Jaan_Tonisson_(Lasteleht), lk 82
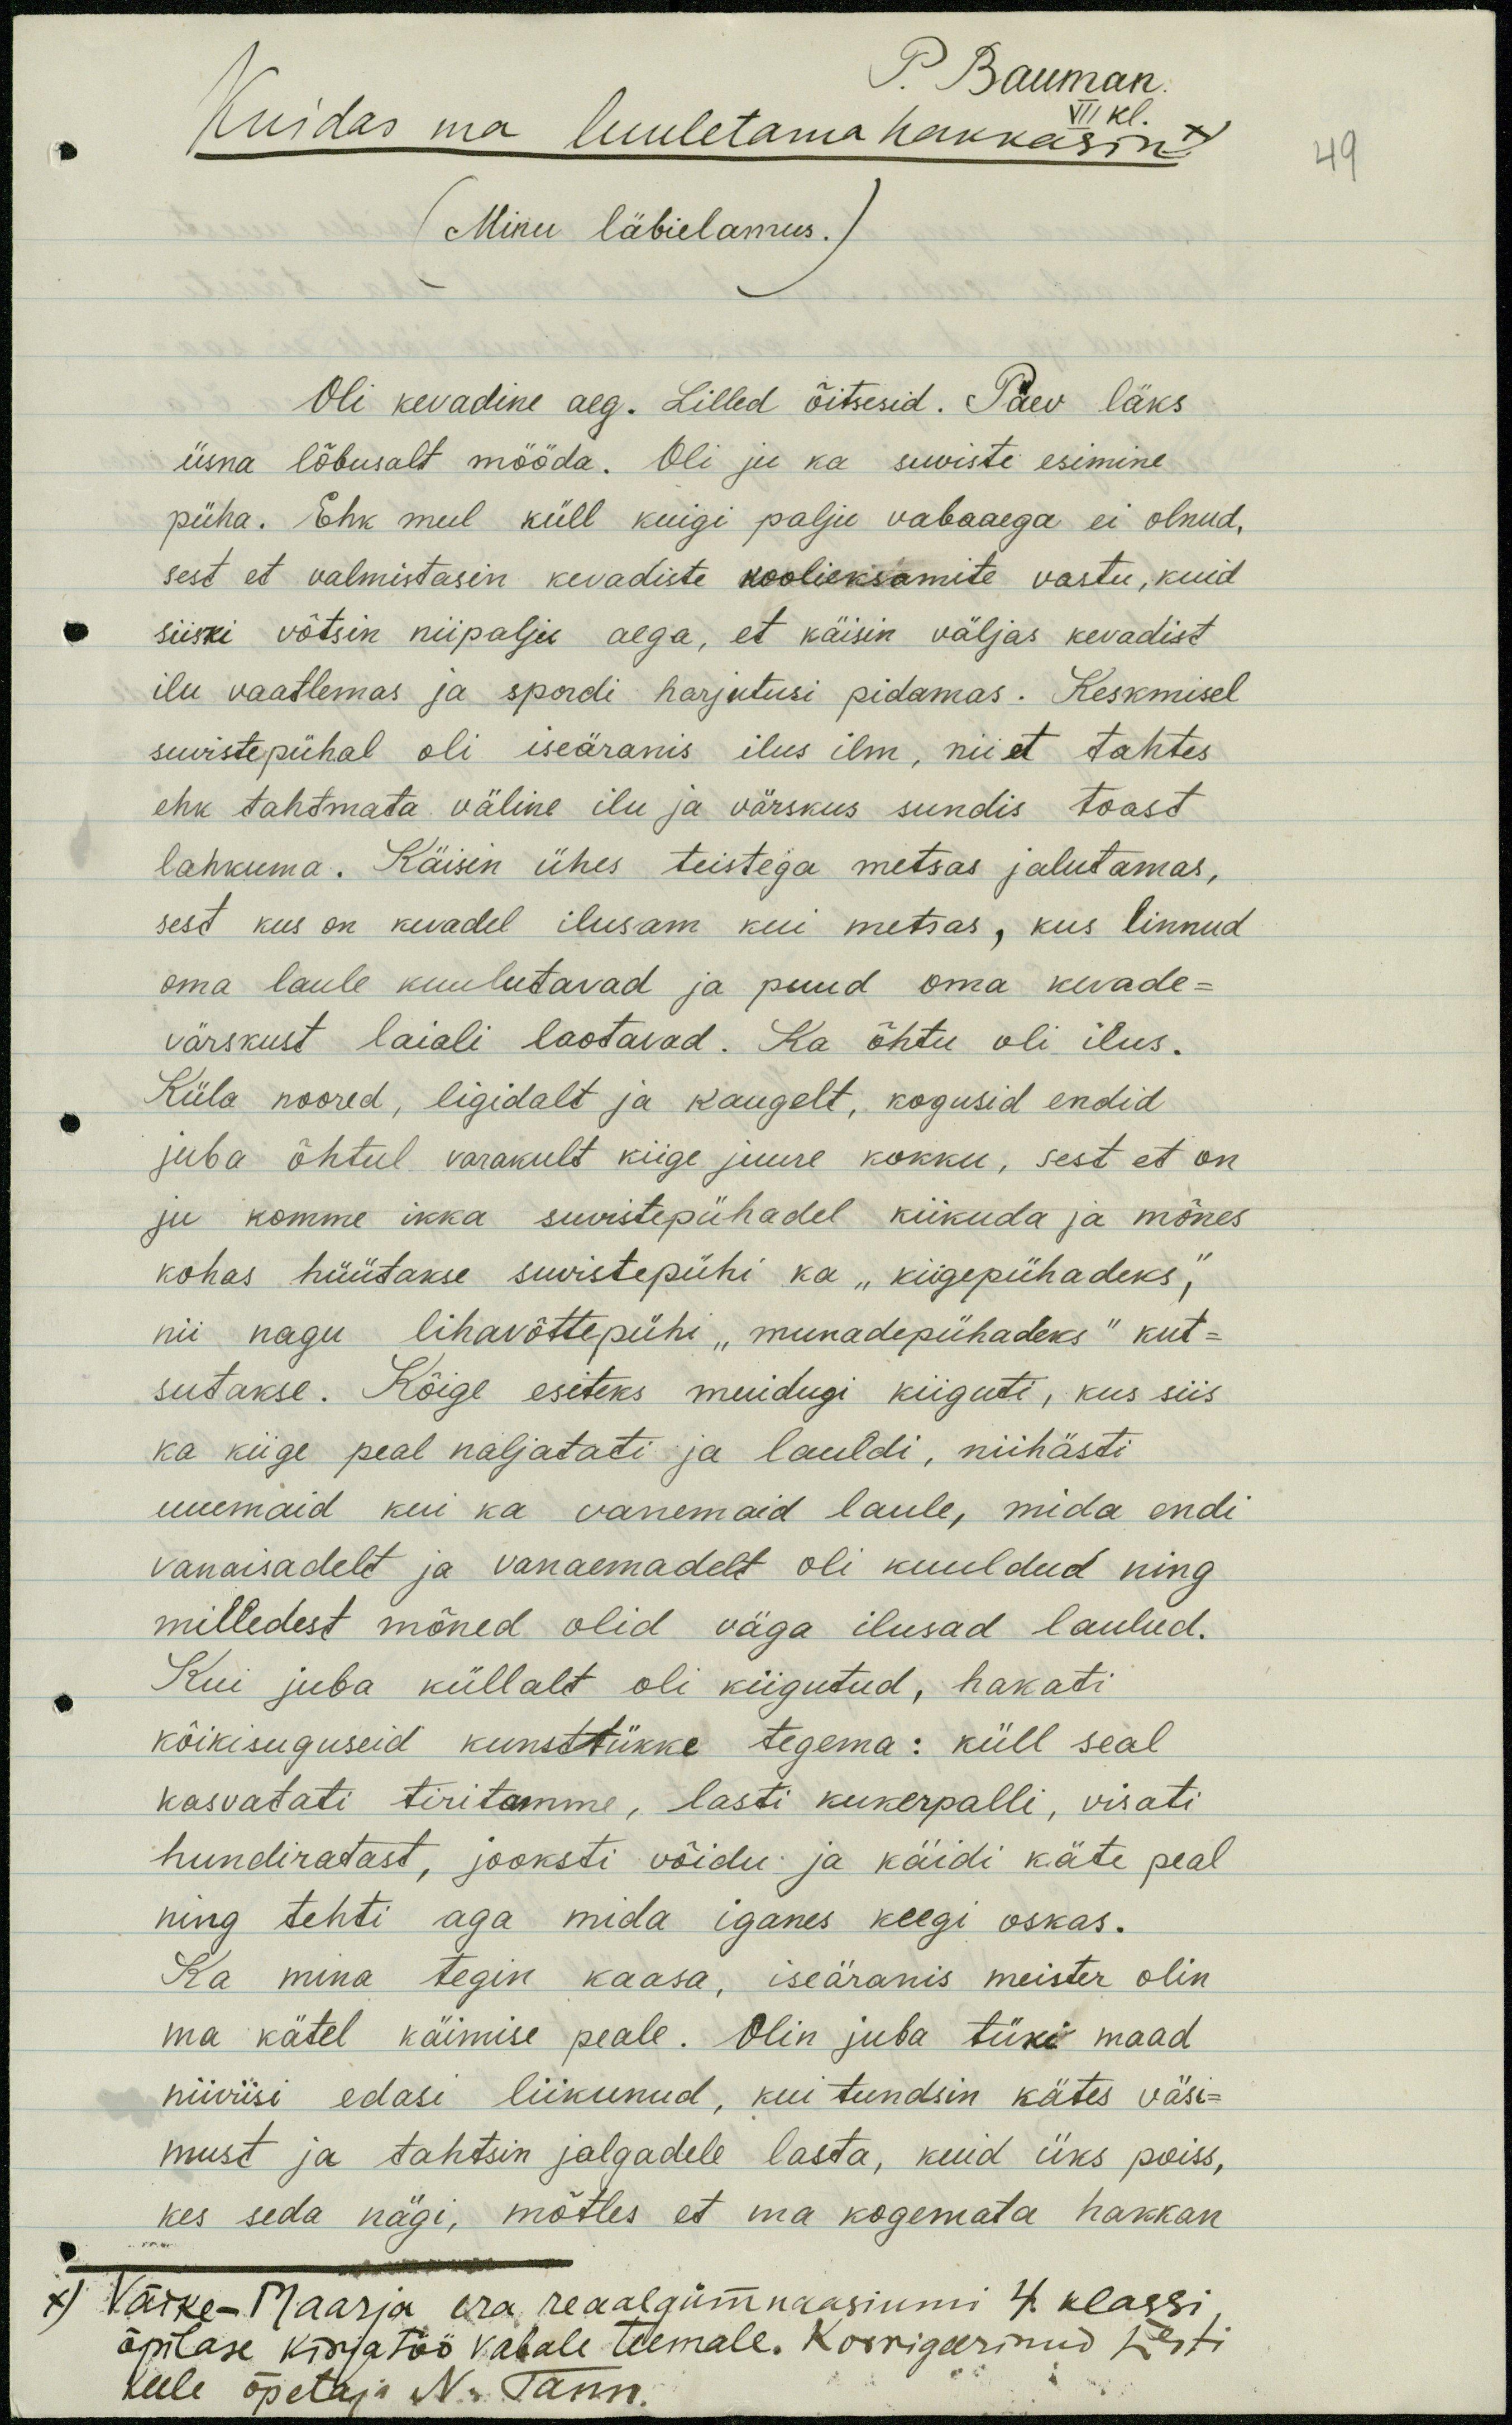
Kuidas ma luuletama hakkasin x
P. Bauman
VII kl
49
Minu läbielamus.
Oli kevadine aeg. Lilled õitsesid. Päev läks
üsna lõbusalt mööda. Oli ju ka suviste esimine
püha. Ehk mul küll kuigi palju vabaaega ei olnud,
sest et valmistasin kevadiste koolieksamite vastu, kuid
siiski võtsin niipalju aega, et käisin väljas kevadist
ilu vaatlemas ja spordi harjutusi pidamas. Keskmisel
suvistepühal oli iseäranis ilus ilm, nii et tahtes
ehk tahtmata väline ilu ja värskus sundis toast
lahkuma. Käisin ühes teistega metsas jalutamas,
sest kus on kevadel ilusam kui metsas, kus linnud
oma laule kuulutavad ja puud oma kevade-
värskust laiali laotavad. Ka õhtu oli ilus.
Küla noored, ligidalt ja kaugelt, kogusid endid
juba õhtul varakult kiige juure kokku, sest et on
ju komme ikka suvistepühadel kiikuda ja mõnes
kohas hüütakse suvistepühi ka "kiigepühadeks,"
nii nagu lihavõttepühi "munadepühadeks" kut-
sutakse. Kõige esiteks muidugi kiiguti, kus siis
ka kiige peal naljatati ja lauldi, niihästi
uuemaid kui ka vanemaid laule, mida endi
vanaisadelt ja vanaemadelt oli kuuldud ning
milledest mõned olid väga ilusad laulud.
Kui juba küllalt oli kiigutud, hakati
kõikisuguseid kunsttükke tegema: küll seal
kasvatati tiritamme, lasti kukerpalli, visati
hundiratast, jooksti võidu ja käidi käte peal
ning tehti aga mida iganes keegi oskas.
Ka mina tegin kaasa, iseäranis meister olin
ma kätel käimise peale. Olin juba tüki maad
niiviisi edasi liikunud, kui tundsin kätes väsi-
must ja tahtsin jalgadele lasta, kuid üks poiss,
kes seda nägi, mõtles et ma kogemata hakkan
x) Väike-Maarja era reaalgümnaasiumi 4. klassi
õpilase kirjatöö vabale teemale. Korrigeerinud Eesti
keele õpetaja N. Tann.